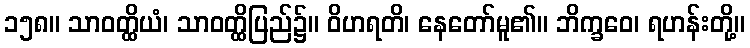
၁၅၈။ သာဝတ္ထိယံ၊ သာဝတ္ထိပြည်၌။ ဝိဟရတိ၊ နေတော်မူ၏။ ဘိက္ခဝေ၊ ရဟန်းတို့။